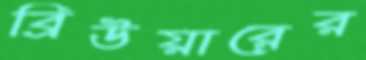
ব্রিউয়ারের